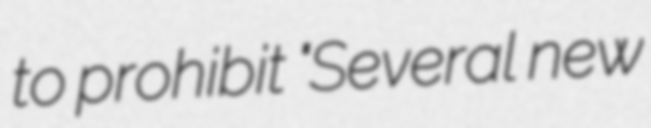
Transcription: to prohibit "Several new